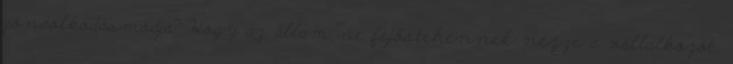
gondolkodásmódja? Hogy az állam ne fejőstehénnek nézze a vállalkozót,